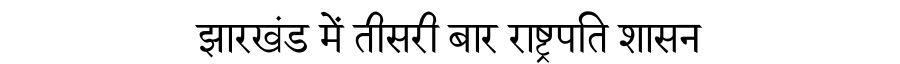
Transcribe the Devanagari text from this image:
झारखंड में तीसरी बार राष्ट्रपति शासन